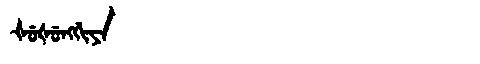
Manchu: ᡧᡠᡧᡠᠩᡤᡳᠶᠠ
Romanization: ŠUŠUNGGIYA